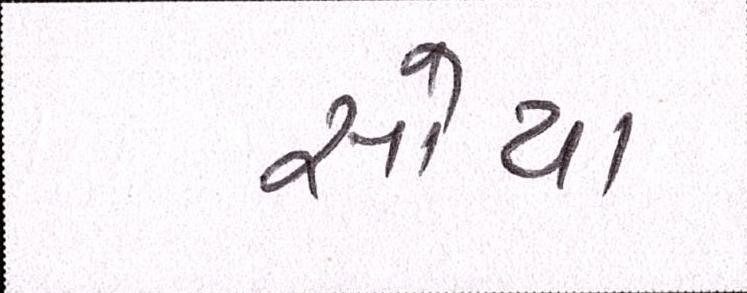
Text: સોયા